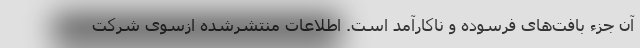
آن جزء بافت‌های فرسوده و ناکارآمد است. اطلاعات منتشرشده ازسوی شرکت